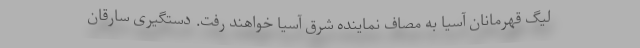
لیگ قهرمانان آسیا به مصاف نماینده شرق آسیا خواهند رفت. دستگیری سارقان